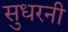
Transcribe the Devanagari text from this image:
सुधरनी